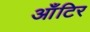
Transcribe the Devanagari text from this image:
आँटिर